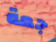
جعة